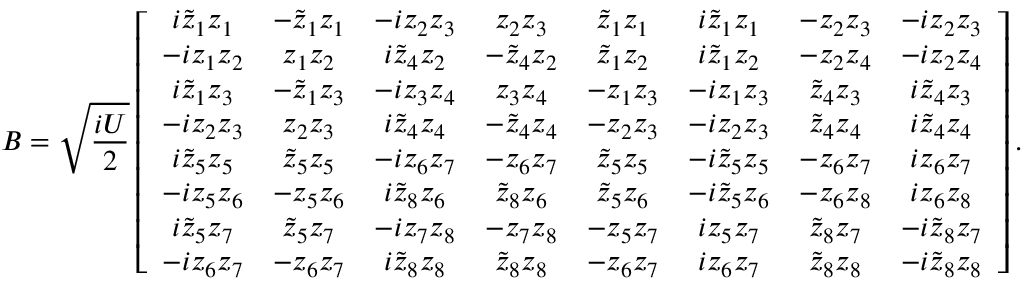
B = \sqrt { \frac { i U } { 2 } } \left[ \begin{array} { c c c c c c c c } { i \tilde { z } _ { 1 } z _ { 1 } } & { - \tilde { z } _ { 1 } z _ { 1 } } & { - i z _ { 2 } z _ { 3 } } & { z _ { 2 } z _ { 3 } } & { \tilde { z } _ { 1 } z _ { 1 } } & { i \tilde { z } _ { 1 } z _ { 1 } } & { - z _ { 2 } z _ { 3 } } & { - i z _ { 2 } z _ { 3 } } \\ { - i z _ { 1 } z _ { 2 } } & { z _ { 1 } z _ { 2 } } & { i \tilde { z } _ { 4 } z _ { 2 } } & { - \tilde { z } _ { 4 } z _ { 2 } } & { \tilde { z } _ { 1 } z _ { 2 } } & { i \tilde { z } _ { 1 } z _ { 2 } } & { - z _ { 2 } z _ { 4 } } & { - i z _ { 2 } z _ { 4 } } \\ { i \tilde { z } _ { 1 } z _ { 3 } } & { - \tilde { z } _ { 1 } z _ { 3 } } & { - i z _ { 3 } z _ { 4 } } & { z _ { 3 } z _ { 4 } } & { - z _ { 1 } z _ { 3 } } & { - i z _ { 1 } z _ { 3 } } & { \tilde { z } _ { 4 } z _ { 3 } } & { i \tilde { z } _ { 4 } z _ { 3 } } \\ { - i z _ { 2 } z _ { 3 } } & { z _ { 2 } z _ { 3 } } & { i \tilde { z } _ { 4 } z _ { 4 } } & { - \tilde { z } _ { 4 } z _ { 4 } } & { - z _ { 2 } z _ { 3 } } & { - i z _ { 2 } z _ { 3 } } & { \tilde { z } _ { 4 } z _ { 4 } } & { i \tilde { z } _ { 4 } z _ { 4 } } \\ { i \tilde { z } _ { 5 } z _ { 5 } } & { \tilde { z } _ { 5 } z _ { 5 } } & { - i z _ { 6 } z _ { 7 } } & { - z _ { 6 } z _ { 7 } } & { \tilde { z } _ { 5 } z _ { 5 } } & { - i \tilde { z } _ { 5 } z _ { 5 } } & { - z _ { 6 } z _ { 7 } } & { i z _ { 6 } z _ { 7 } } \\ { - i z _ { 5 } z _ { 6 } } & { - z _ { 5 } z _ { 6 } } & { i \tilde { z } _ { 8 } z _ { 6 } } & { \tilde { z } _ { 8 } z _ { 6 } } & { \tilde { z } _ { 5 } z _ { 6 } } & { - i \tilde { z } _ { 5 } z _ { 6 } } & { - z _ { 6 } z _ { 8 } } & { i z _ { 6 } z _ { 8 } } \\ { i \tilde { z } _ { 5 } z _ { 7 } } & { \tilde { z } _ { 5 } z _ { 7 } } & { - i z _ { 7 } z _ { 8 } } & { - z _ { 7 } z _ { 8 } } & { - z _ { 5 } z _ { 7 } } & { i z _ { 5 } z _ { 7 } } & { \tilde { z } _ { 8 } z _ { 7 } } & { - i \tilde { z } _ { 8 } z _ { 7 } } \\ { - i z _ { 6 } z _ { 7 } } & { - z _ { 6 } z _ { 7 } } & { i \tilde { z } _ { 8 } z _ { 8 } } & { \tilde { z } _ { 8 } z _ { 8 } } & { - z _ { 6 } z _ { 7 } } & { i z _ { 6 } z _ { 7 } } & { \tilde { z } _ { 8 } z _ { 8 } } & { - i \tilde { z } _ { 8 } z _ { 8 } } \end{array} \right] .